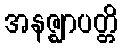
အနဇ္ဈာပတ္တိ